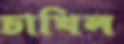
চাখিল